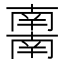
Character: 𰆀